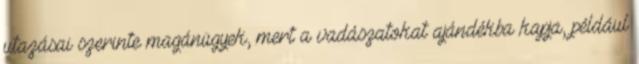
utazásai szerinte magánügyek, mert a vadászatokat ajándékba kapja, például